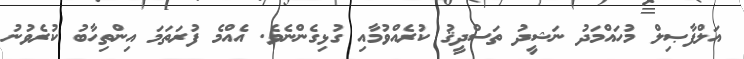
އަލްފާޞިލް މުހައްމަދު ނަޝީދު ތަސްދީޤު ކުރެއްވުމާއި ގުޅިގެންނެވެ. އެއްމެ ފުރަތަމަ އިންތިހާބު ކުރެވުނު